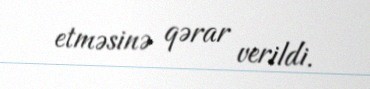
etməsinə qərar verildi.